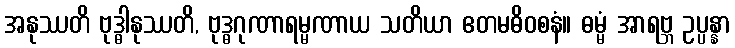
အနုဿတိ ဗုဒ္ဓါနုဿတိ, ဗုဒ္ဓဂုဏာရမ္မဏာယ သတိယာ ဧတမဓိဝစနံ။ ဓမ္မံ အာရဗ္ဘ ဥပ္ပန္နာ